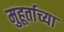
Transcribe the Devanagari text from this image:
मुहूर्ताच्या